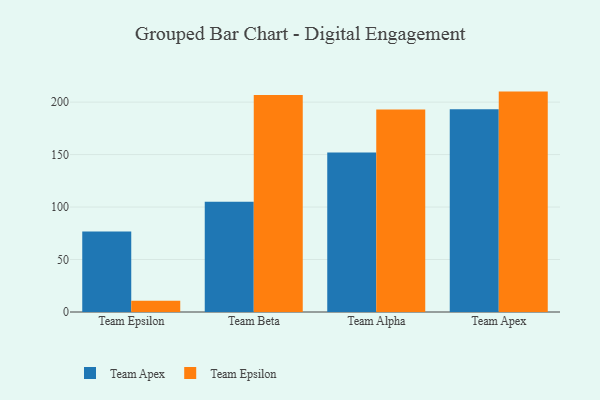
{"axis": {"x": "Team", "y": "Shipments"}, "legend": ["Team Apex", "Team Epsilon"], "data": [{"x": "Team Epsilon", "y": 76.6, "type": "Team Apex"}, {"x": "Team Epsilon", "y": 10.7, "type": "Team Epsilon"}, {"x": "Team Beta", "y": 105.1, "type": "Team Apex"}, {"x": "Team Beta", "y": 206.8, "type": "Team Epsilon"}, {"x": "Team Alpha", "y": 152.0, "type": "Team Apex"}, {"x": "Team Alpha", "y": 192.9, "type": "Team Epsilon"}, {"x": "Team Apex", "y": 193.2, "type": "Team Apex"}, {"x": "Team Apex", "y": 210.0, "type": "Team Epsilon"}]}